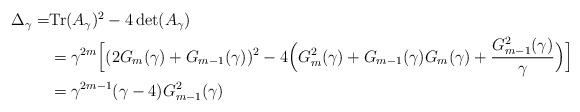
LaTeX: \begin{align*} \begin{aligned}\Delta_\gamma=&\mathrm{Tr}(A_\gamma)^2-4\det(A_\gamma)\\&=\gamma^{2m}\Bigl [ (2G_{m} (\gamma)+G_{m-1}(\gamma))^2-4 \Bigl (G^2_m(\gamma)+G_{m-1}(\gamma)G_{m}(\gamma)+\frac{G_{m-1}^2(\gamma)}{\gamma} \Bigr ) \Bigr]\\&=\gamma^{2m-1}(\gamma-4)G^2_{m-1}(\gamma)\end{aligned} \end{align*}